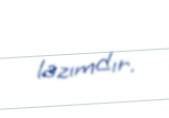
lazımdır.